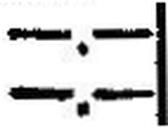
—.—